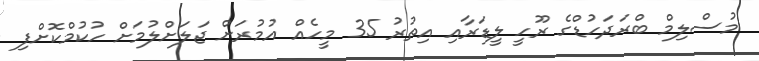
މުސްލިމް ބްރަދަހުޑްގެ ރޫހީ ލީޑަރާއި އިތުރު 35 މީހެއް އުމުރަށް ޖަލަށްލުމަށް ހުކުމްކޮށްފި